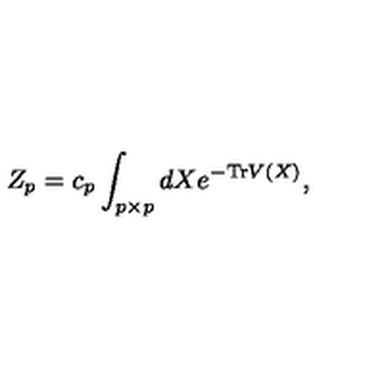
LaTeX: Z _ { p } = c _ { p } \int _ { p \times p } d X e ^ { - \mathrm { T r } V ( X ) } ,